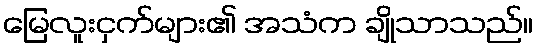
မြေလူးငှက်များ၏ အသံက ချိုသာသည်။